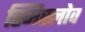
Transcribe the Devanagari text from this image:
स्मिस्लोव